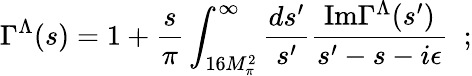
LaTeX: \Gamma^{\Lambda}(s)=1+{\frac{s}{\pi}}\int_{16M_{\pi}^{2}}^{\infty}{\frac{ds^{\prime}}{s^{\prime}}}{\frac{\mathrm{Im}\Gamma^{\Lambda}(s^{\prime})}{s^{\prime}-s-i\epsilon}}\; \; ;